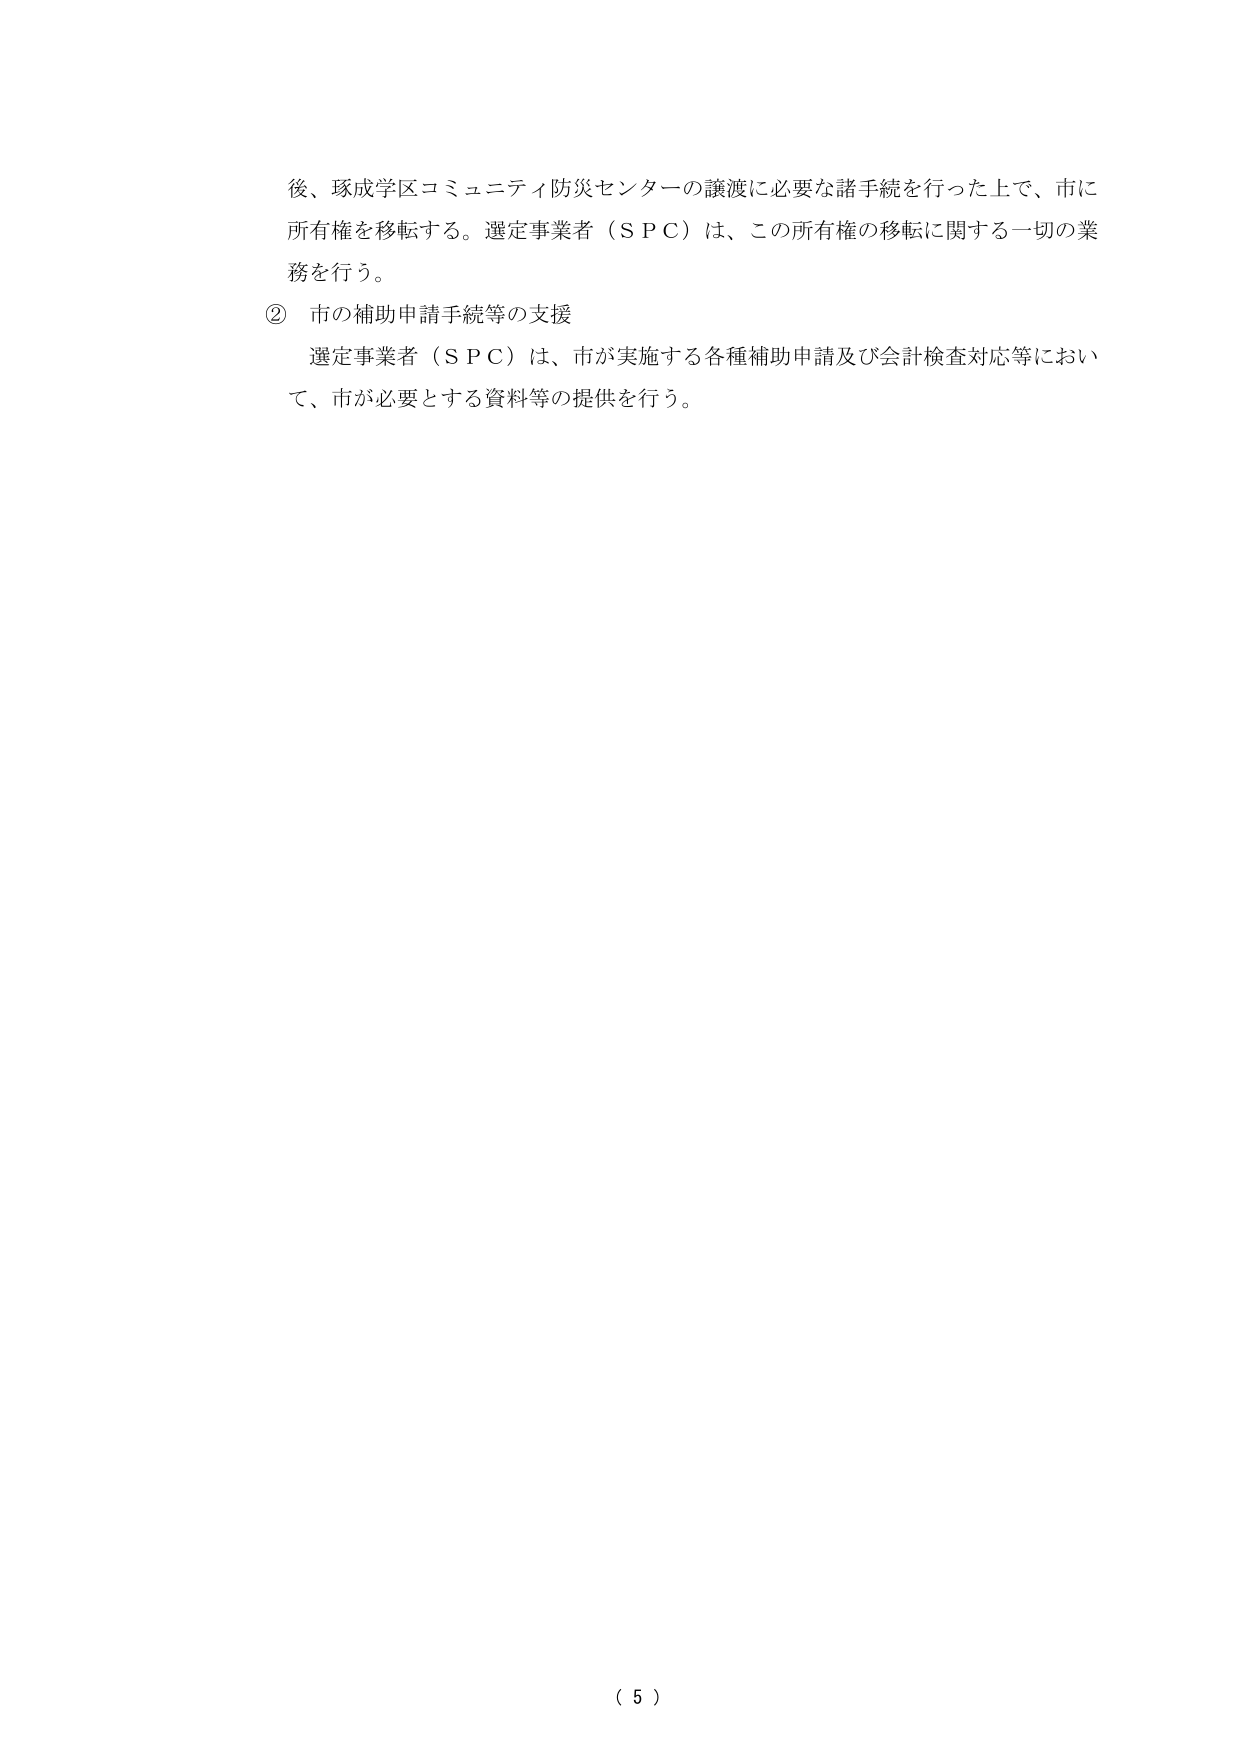
後、琢成学区コミュニティ防災センターの譲渡に必要な諸手続を行った上で、市に所有権を移転する。選定事業者（ＳＰＣ）は、この所有権の移転に関する一切の業務を行う。

② 市の補助申請手続等の支援
選定事業者（ＳＰＣ）は、市が実施する各種補助申請及び会計検査対応等において、市が必要とする資料等の提供を行う。

（ 5 ）